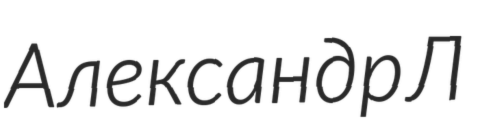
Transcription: Александр Л